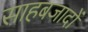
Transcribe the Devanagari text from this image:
साहबजादों